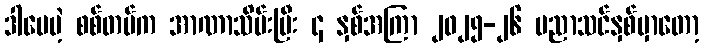
ဒါပေမဲ့ စစ်တပ်က အာဏာသိမ်းပြီး ၄ နှစ်အကြာ ၂၀၂၅-၂၆ ပညာသင်နှစ်မှာတော့